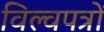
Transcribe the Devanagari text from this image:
विल्वपत्रों